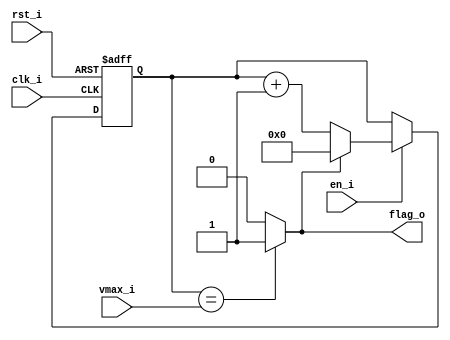
// Name: counter_rx.v
//
// Description: 

module counter_rx #(
  parameter Width = 15
) (
  input              rst_i,
  input              clk_i,
  input              en_i,
  input  [Width-1:0] vmax_i,
  output             flag_o
);
  
  reg  [Width-1:0] reg_q;
  wire [Width-1:0] mux1;
  wire [Width-1:0] mux2_d;
  wire             comp;

  assign mux2_d  = (en_i) ? mux1 : reg_q;
  assign mux1 = (comp) ? 0 : reg_q + 1;
  
  always @(posedge clk_i, posedge rst_i) begin
    if (rst_i)
      reg_q <= 0;
    else
      reg_q <= mux2_d;    
  end

  assign comp = (reg_q == vmax_i) ? 1'b1 : 1'b0;
  assign flag_o = comp;
  
endmodule